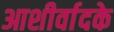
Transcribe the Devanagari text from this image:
आशीर्वादके